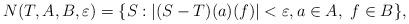
LaTeX: \begin{align*}N(T,A,B,\varepsilon)=\lbrace S : |(S-T) (a)(f)|<\varepsilon, a\in A, \ f\in B\rbrace,\end{align*}